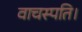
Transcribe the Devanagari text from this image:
वाचस्‍पति।